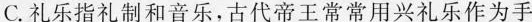
C.礼乐指礼制和音乐，古代帝王常常用兴礼乐作为手